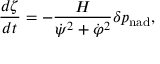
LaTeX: \frac { d \zeta } { d t } = - \frac { H } { \dot { \psi } ^ { 2 } + \dot { \varphi } ^ { 2 } } \delta p _ { \mathrm { n a d } } ,